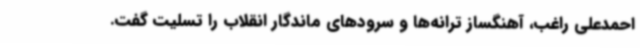
احمدعلی راغب، آهنگساز ترانه‌ها و سرودهای ماندگار انقلاب را تسلیت گفت.